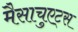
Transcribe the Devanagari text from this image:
मैसाचुएट्स